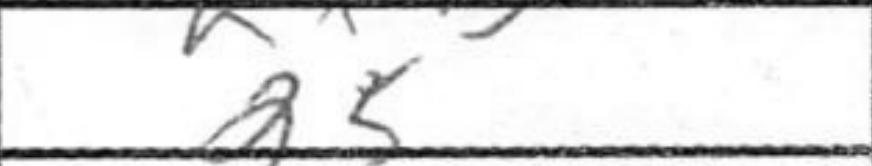
Transcription: g5